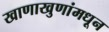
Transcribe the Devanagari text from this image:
खाणाखुणांमधून